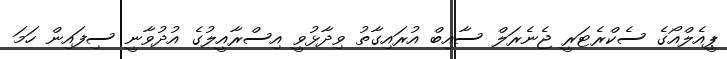
ޕީއެލްއޯގެ ސެކްރެޓަރީ ޖެނެރަލް ސާއިބް އުރައިގާތު ވިދާޅުވީ އިސްރާއީލުގެ އުދުވާނީ ސިފައިން ހަމަ